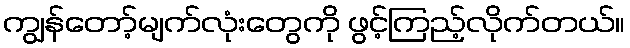
ကျွန်တော့်မျက်လုံးတွေကို ဖွင့်ကြည့်လိုက်တယ်။